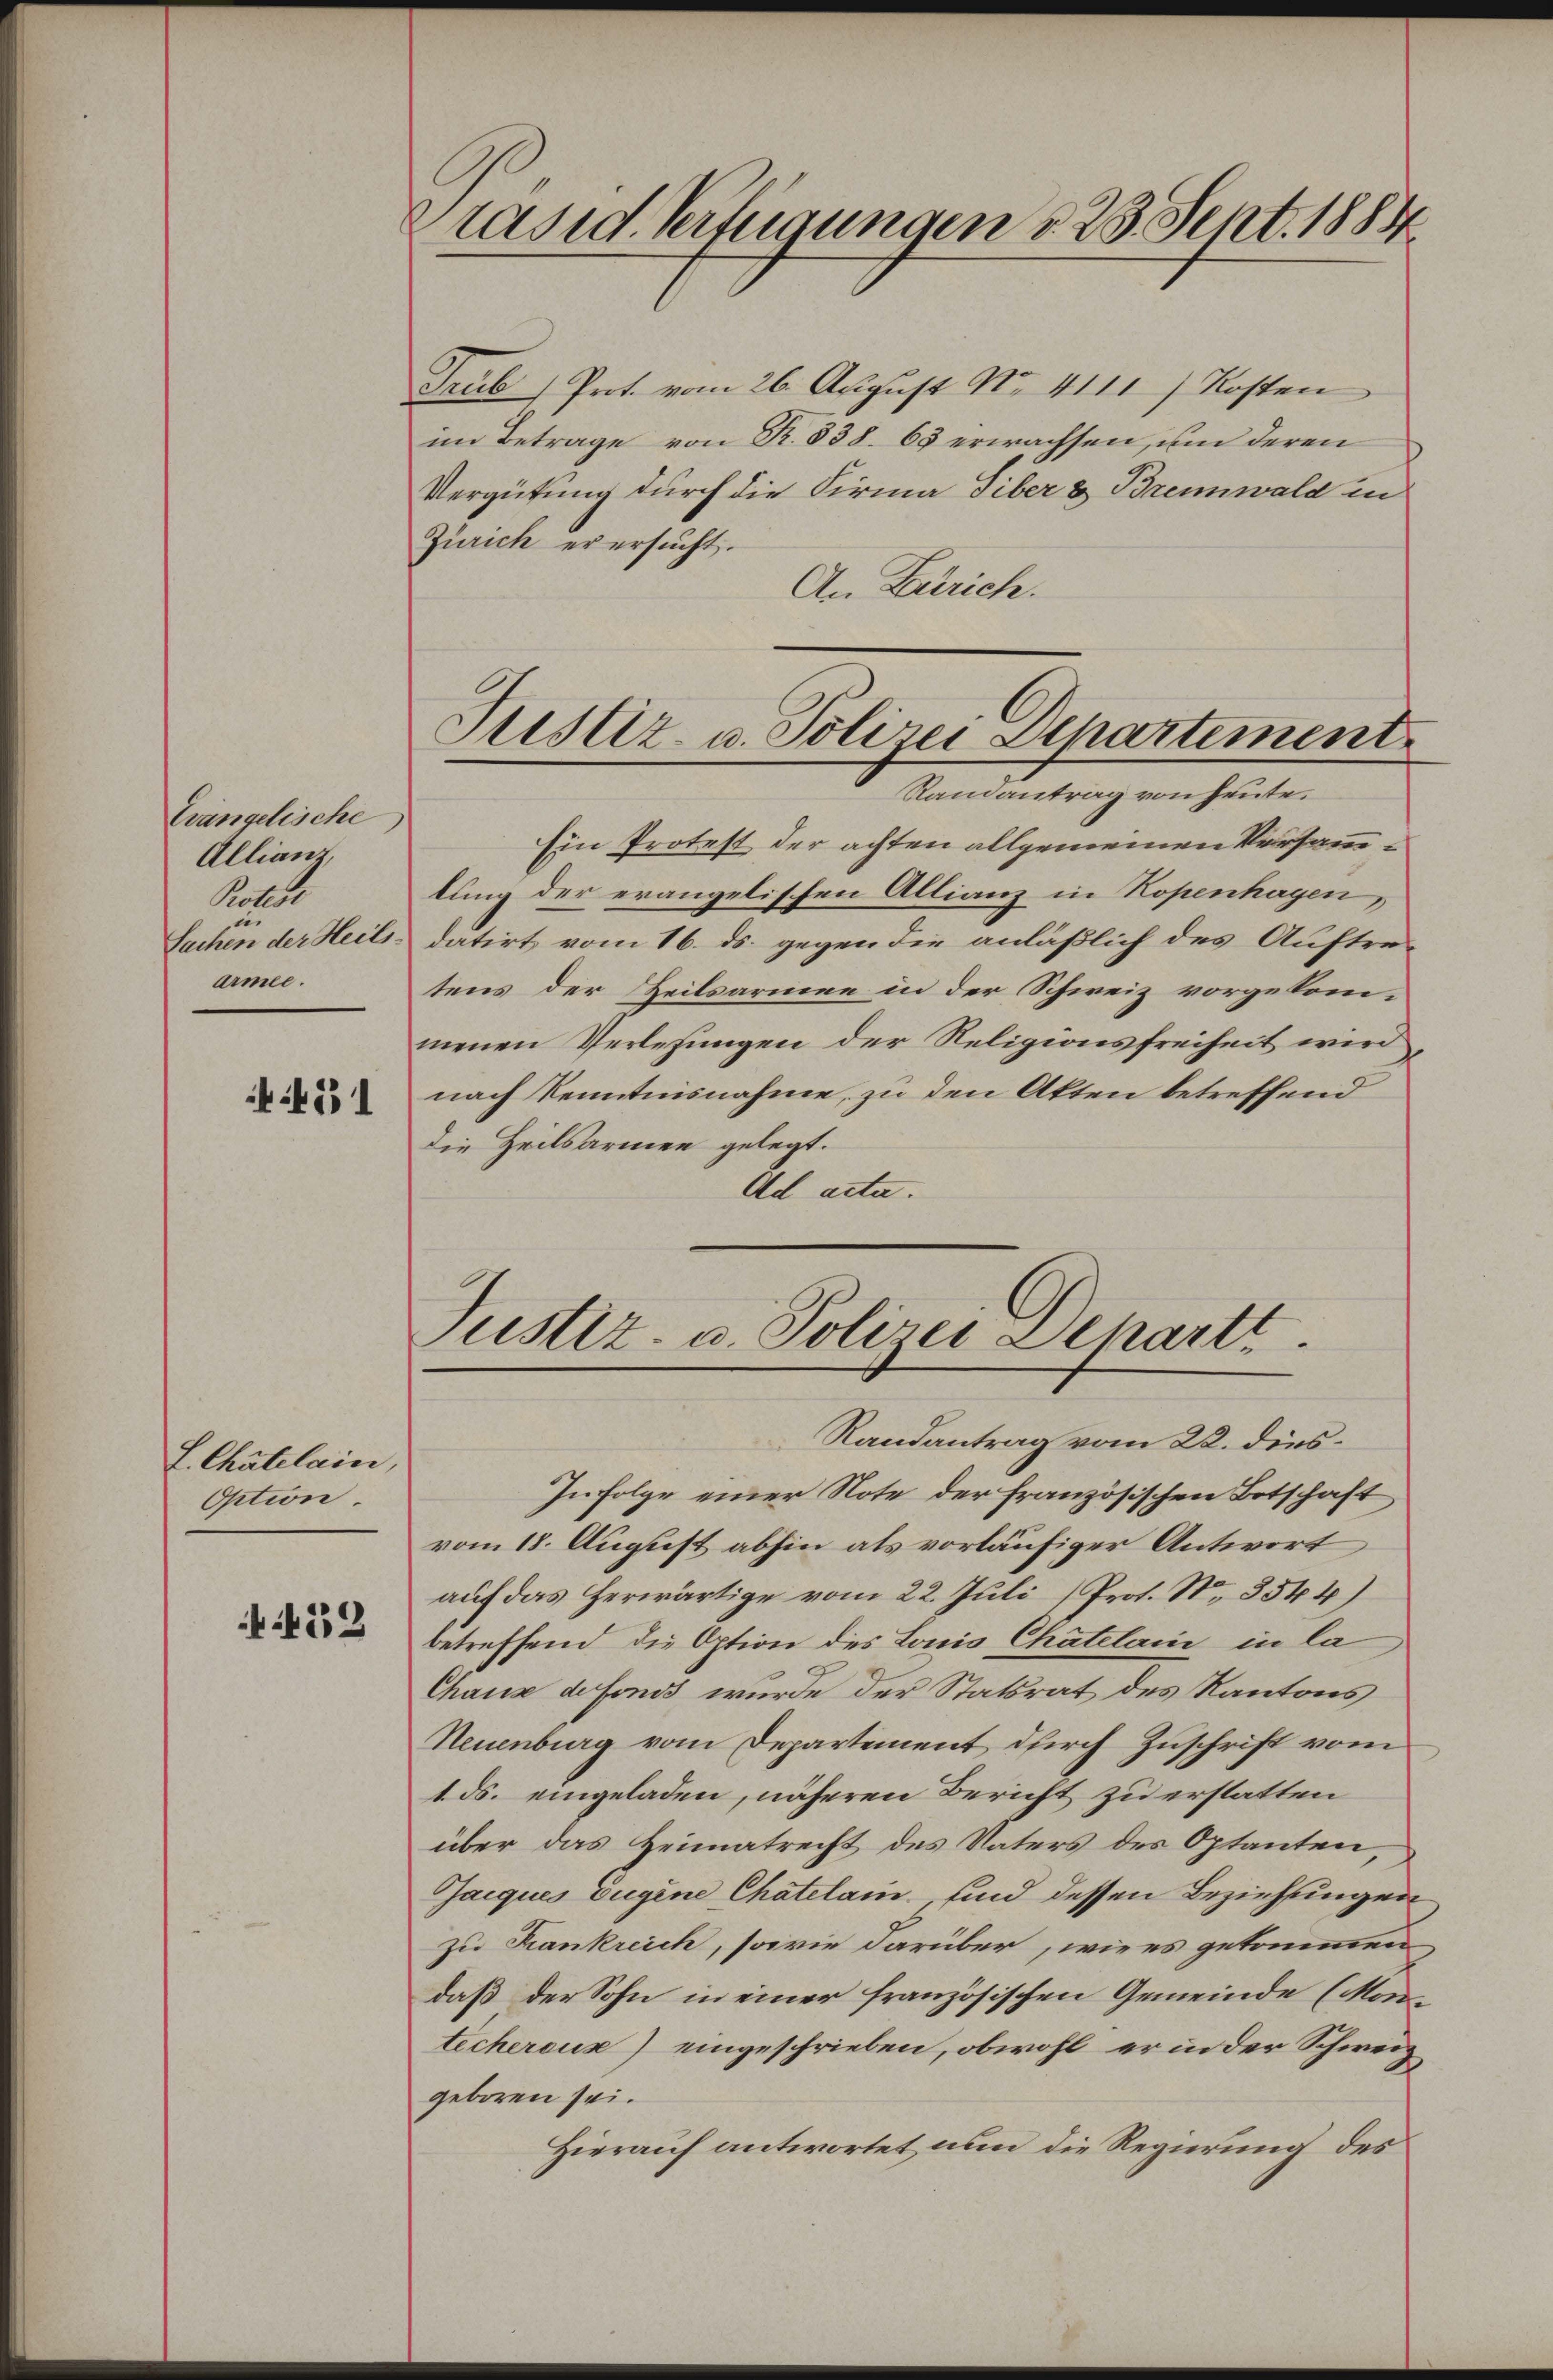
Trängelische
Alliant,
Rotene
i
armee.

451

L. Chatelain,
Option.

i453

Trub Prot. vom 26. August No. 4111 / Kosten
im Betrage von Fr. 838. 63 erwachsen, um deren
Vergütung durch die Firma Siber & Brennwald in
Zürich er ersucht.
An Zürich.

Präsid. Verfügungen d. 28. Sept. 1884

Justiz- u. Polizei Departement
Randantrag von Heute.

Ein Protest der achten allgemeinen Versammlung der erangelischen Allianz in Kopenhagen,
Sachen der Heils datirt vom 16. ds. gegen die anläßlich des Auftretens der Zeilsarmen in der Schweiz vorgekom-
menen Verlesungen der Religionsfreiheit wird
nach Kenntnisnahme, zu den Akten betreffend
die Heilsarmen gelegt.
Ad acta.

Justiz- u. Polizei-Departt

Randantrag vom 22. dies¬
In Folge einer Note der französischen Botschaft
vom 18. August abhin als vorläufiger Antwort
auf das herwärtige vom 22. Juli (Prot. N. 3544)
betreffend die Option des Louis Chatelain in la
Chaux de fonds wurde der Statsrat des Kantons
Neuenburg vom Departement durch Zuschrift vom
1. ds. eingeladen, näheren Bericht zu erstatten
über das Heimatrecht des Vaters des Optanten
Jacques Eugene Chatelam sind dessen Beziehungen
zu Krankreich, sowie darüber, wie es gekommen
daß der Sohn in einer französischen Gemeinde (Mortechereux) eingeschrieben, obwohl er in der Schweiz
geboren sei.
Hierauf antwortet nun die Regierung des